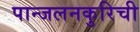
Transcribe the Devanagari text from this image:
पान्जलनकुरिची